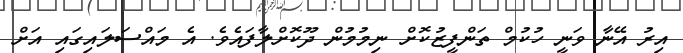
އިރު އޭނާ ވަނީ ހުކުމް ތަންފީޒުކޮށް ނިމުމުން ދޫކޮށްލާފައެވެ. އެ މައްސަލައިގައި އަށް